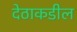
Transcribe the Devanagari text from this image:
देठाकडील